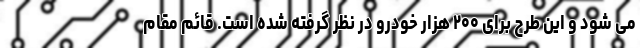
می شود و این طرح برای ۲۰۰ هزار خودرو در نظر گرفته شده است. قائم مقام